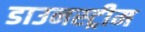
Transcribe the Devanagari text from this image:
डाउनस्‍ट्रीम